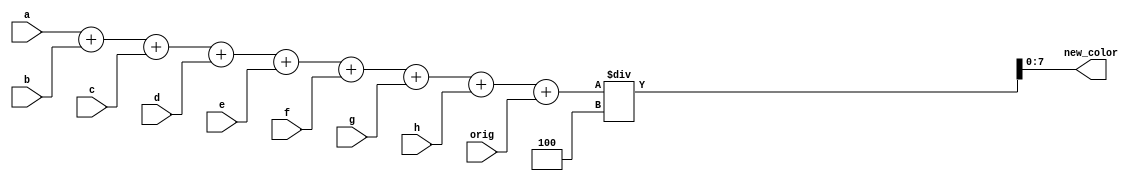
module avg_pix (
    input wire [7:0] a, b, c, d, e, f, g, h, orig,
    output wire [7:0] new_color
);

wire [9:0] sum;
wire [9:0] weighted_avg;
assign sum = a + b + c + d + e + f + g + h + orig;
assign weighted_avg = sum / 3'd4;
assign new_color = weighted_avg[7:0];

endmodule